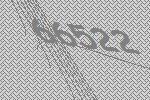
66522